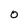
Character: O